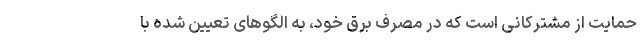
حمایت از مشترکانی است که در مصرف برق خود، به الگوهای تعیین شده با